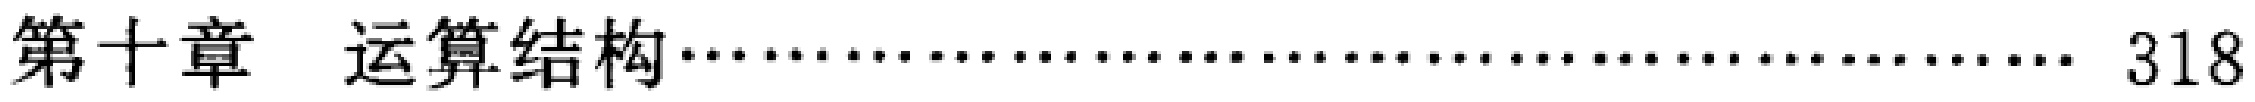
第十章 运算结构\dotfill 318